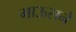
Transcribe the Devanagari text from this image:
माऊसने